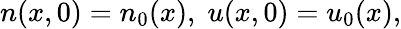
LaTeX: n(x,0)=n_{0}(x),\; u(x,0)=u_{0}(x),